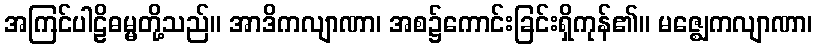
အကြင်ပါဠိဓမ္မတို့သည်။ အာဒိကလျာဏာ၊ အစ၌ကောင်းခြင်းရှိကုန်၏။ မဇ္ဈေကလျာဏာ၊